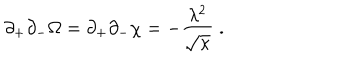
LaTeX: \partial _ { + } \partial _ { - } \Omega = \partial _ { + } \partial _ { - } \chi = - \frac { \lambda ^ { 2 } } { \sqrt { \kappa } } \; .